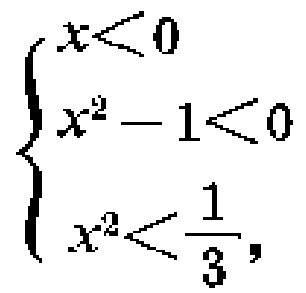
\[\left\{\begin{array}{l}

x<0 \\

x^{2}-1<0 \\

x^{2}<\frac{1}{3}

\end{array}\right.\]